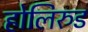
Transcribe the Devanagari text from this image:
होलिरुड